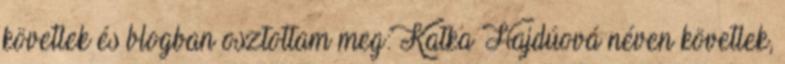
követlek és blogban osztottam meg: Katka Hajdúová néven követlek,